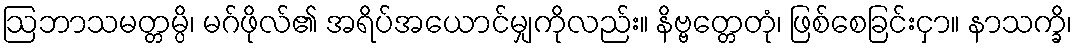
ဩဘာသမတ္တမ္ပိ၊ မဂ်ဖိုလ်၏ အရိပ်အယောင်မျှကိုလည်း။ နိဗ္ဗတ္တေတုံ၊ ဖြစ်စေခြင်းငှာ။ နာသက္ခိ၊